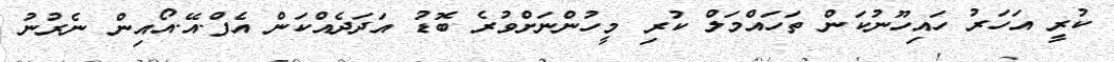
ކުރީ އަހަރު ހައިހޫނުކަން ތަހައްމަލް ކުރި މީހުންނަށްވުރެ ބޮޑު އަދަދެއްކަން އެފް.އޭ.އޯއިން ނެރުނު